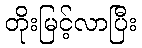
တိုးမြင့်လာပြီး